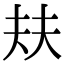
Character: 㚘